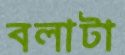
বলাটা